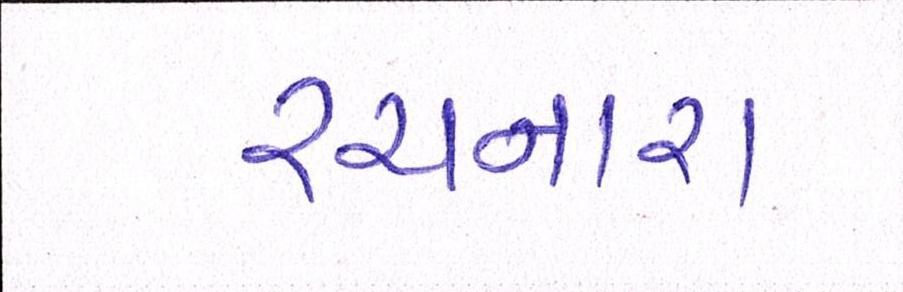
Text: રચનારા